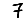
Digit: 7